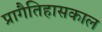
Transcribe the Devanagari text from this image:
प्रागैतिहासकाल